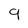
Character: 9